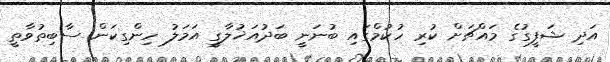
އަދި ޝަފީގުގެ މައްޗަށް ކުރި ހުކުމްގައި ބުނަނީ ބަދުއަޚުލާގީ އަމަލު ހިންގިކަން ސާބިތުވާތީ